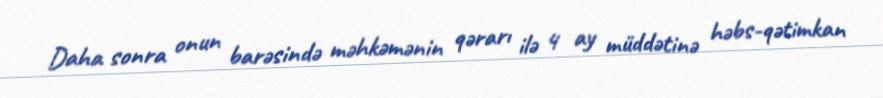
Daha sonra onun barəsində məhkəmənin qərarı ilə 4 ay müddətinə həbs-qətimkan